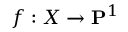
f : X \to \mathbf { P } ^ { 1 }